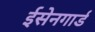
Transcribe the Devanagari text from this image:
ईसेनगार्ड